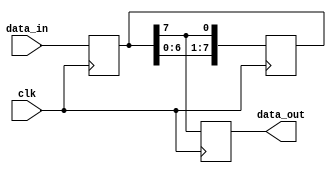
module parallel_in_serial_out (
    input clk,             // Clock signal input
    input [7:0] data_in,   // Parallel data input
    output reg data_out    // Serial data output
);

reg [7:0] data_reg;      // Register to store parallel data temporarily

always @ (posedge clk) begin
    // Shift data from parallel register to serial output
    data_out <= data_reg[7];
    data_reg <= {data_reg[6:0], data_reg[7]};  // Shift data left
end

always @ (posedge clk) begin
    // Store parallel data in register
    data_reg <= data_in;
end

endmodule